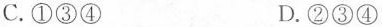
C.①③④ D.②③④